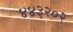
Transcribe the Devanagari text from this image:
४४३२०२